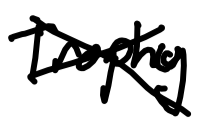
Text: Trophy
Cross-out: cross
Writing tool: digital_black